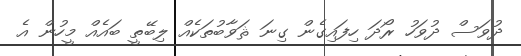
ދުވަސް ދުވަހު ރޯދަ ހިފައިގެން ގިނަ ޘަވާބުތަކެއް ލިބޭތީ ބައެއް މީހުން އެ